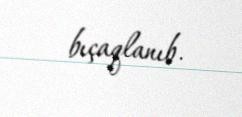
bıçaqlanıb.